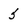
Character: 5